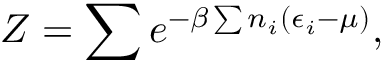
Z = \sum e ^ { - \beta \sum n _ { i } ( \epsilon _ { i } - \mu ) } ,